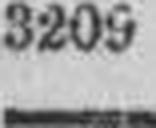
3209